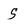
Character: S